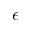
\epsilon